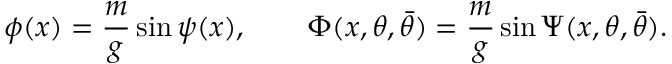
\phi ( x ) = { \frac { m } { g } } \sin \psi ( x ) , \qquad \Phi ( x , \theta , \bar { \theta } ) = { \frac { m } { g } } \sin \Psi ( x , \theta , \bar { \theta } ) .